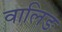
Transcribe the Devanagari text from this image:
वालिङ